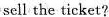
sell the ticket?